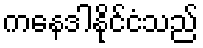
ကနေဒါနိုင်ငံသည်